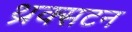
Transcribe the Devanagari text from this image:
थ्रक्सटन